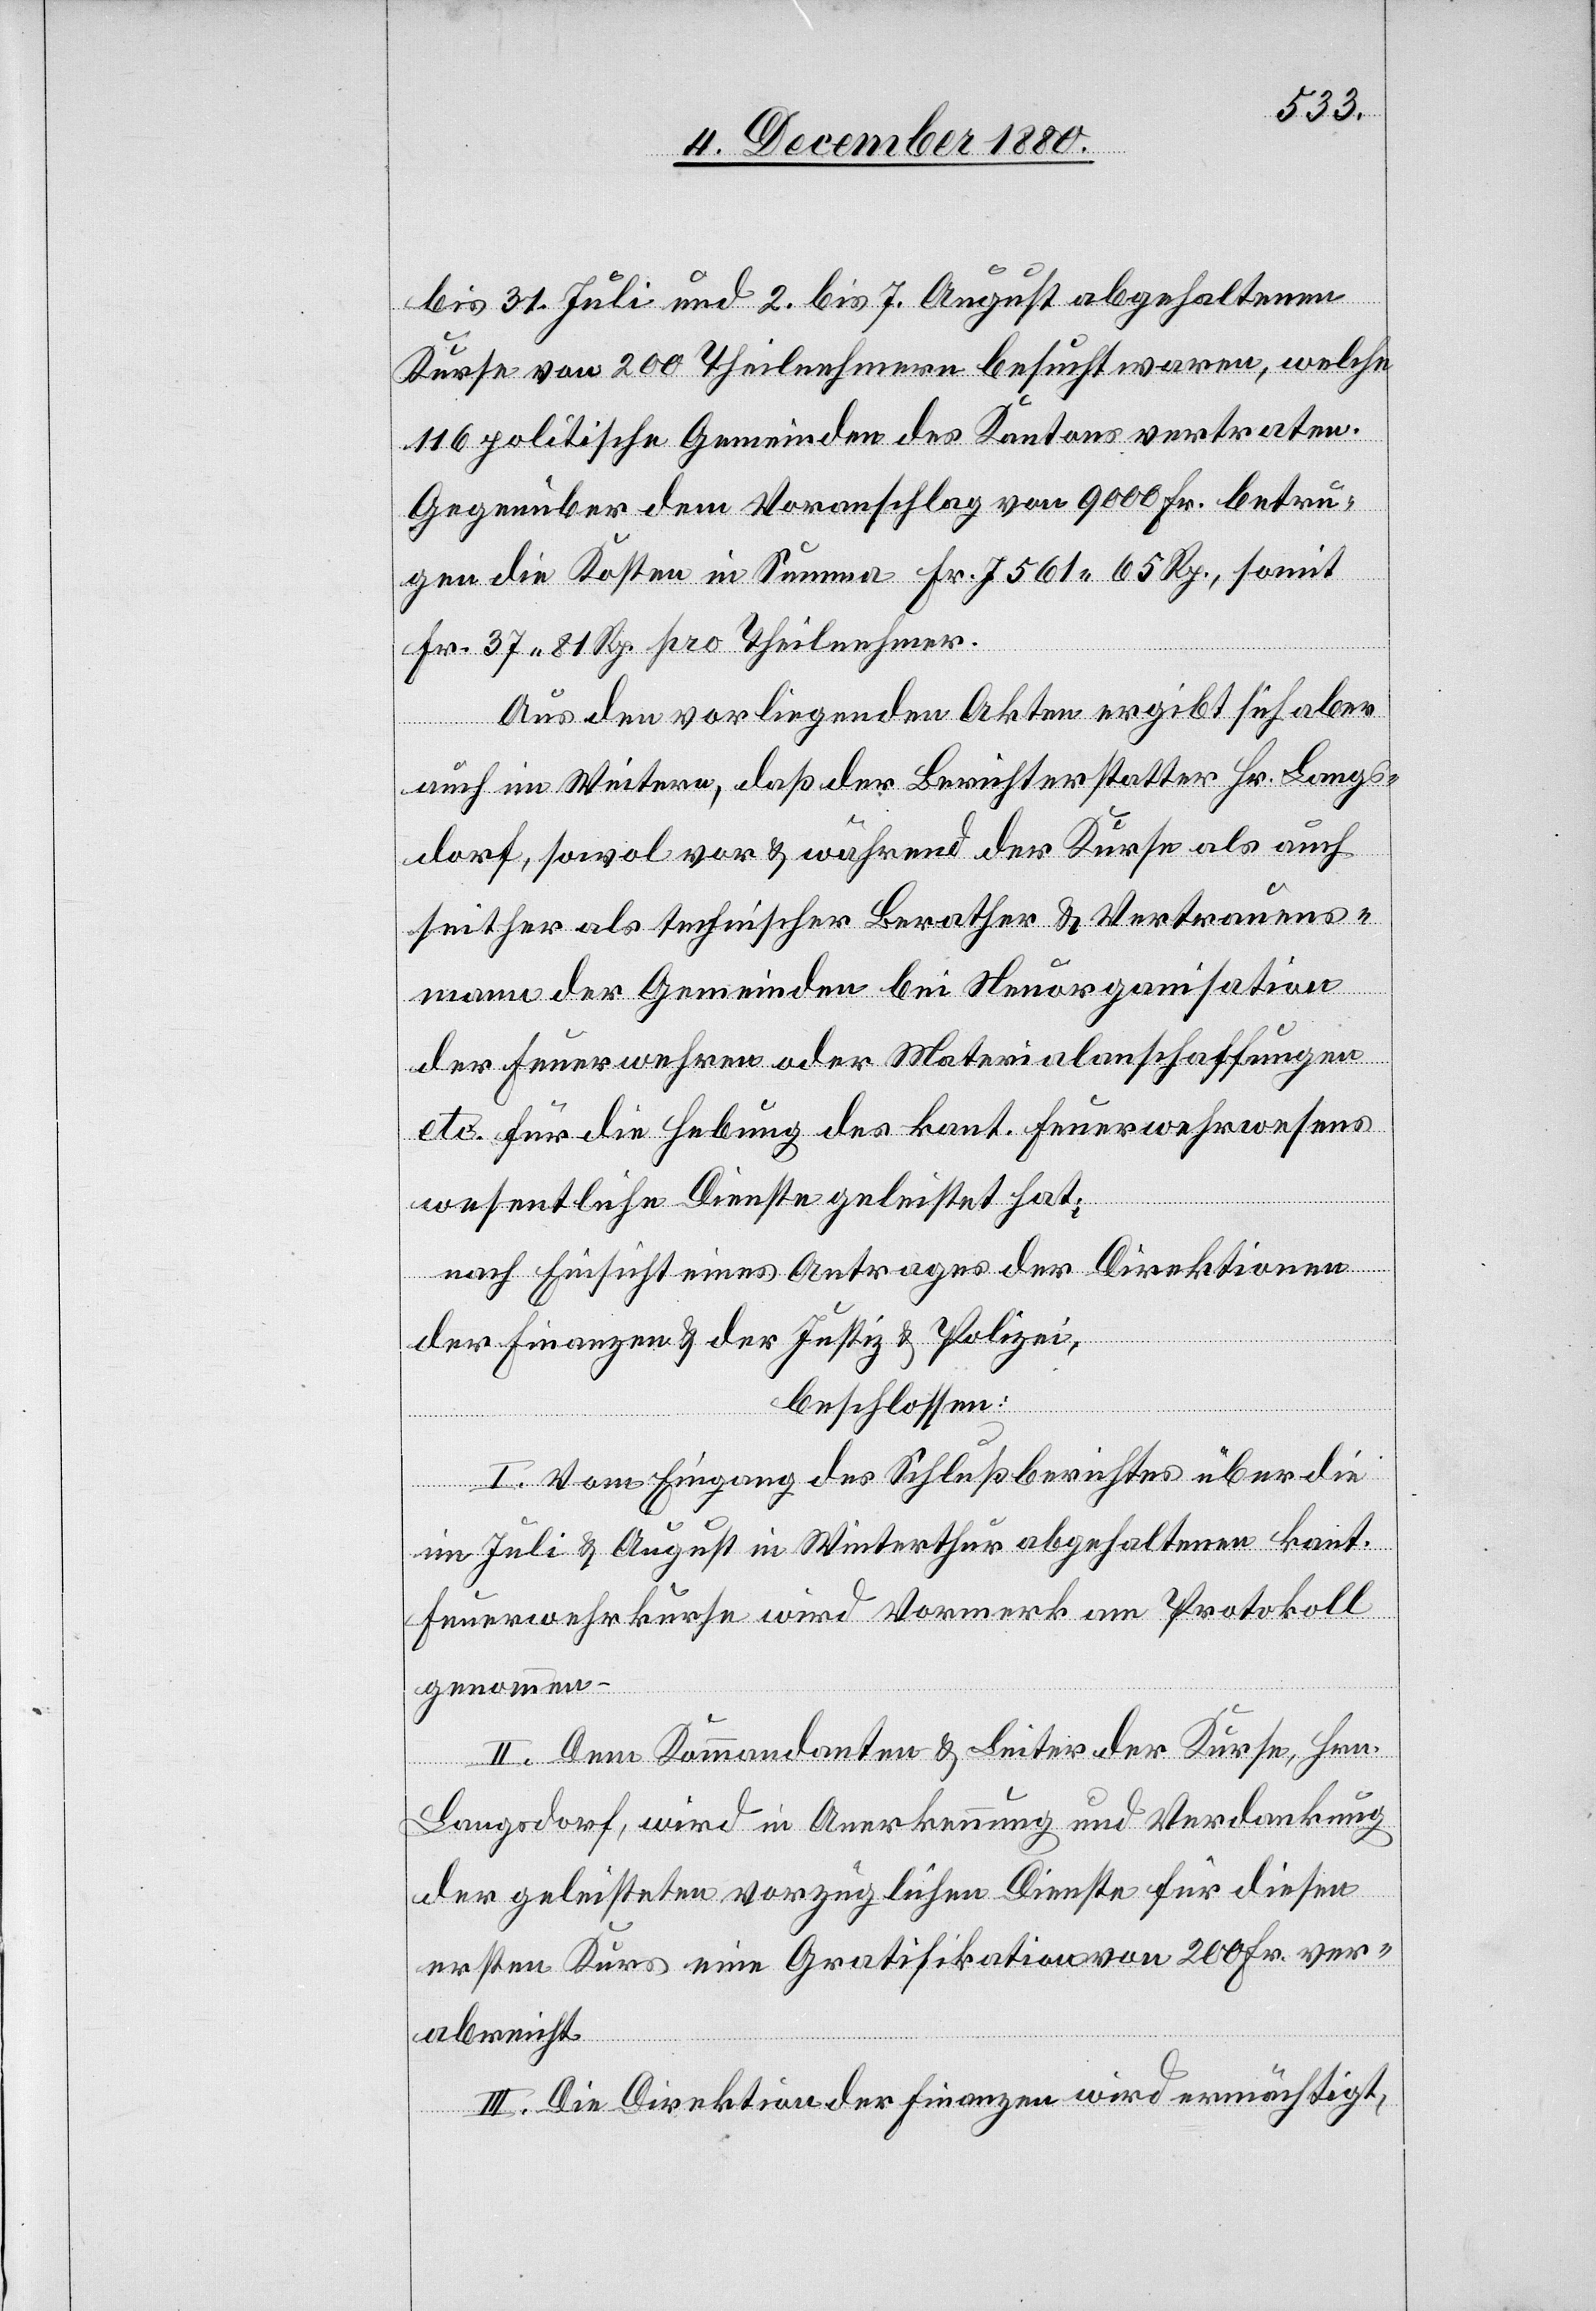
bis 31. Juli und 2. bis 7. August abgehaltenen
Kurse von 200 Theilnehmern besucht waren, welche
116 politische Gemeinden des Kantons vertraten.
Gegenüber dem Voranschlag von 9000 Fr. betru¬
gen die Kosten in Summa Fr. 7561 65 Rp., somit
Fr. 37 81 pro Theilnehmer.
Aus den vorliegenden Akten ergibt sich aber
auch im Weitern, daß der Berichterstatter Hr. Langs¬
dorf, sowol vor & während der Kurse als auch
seither als technischer Berather & Vertrauens¬
mann der Gemeinden bei Neuorganisation
der Feuerwehren oder Materialanschaffungen
etc. für die Hebung des kant. Feuerwehrwesens
wesentliche Dienste geleistet hat;
nach Einsicht eines Antrages der Direktionen
der Finanzen & der Justiz & Polizei,
beschlossen:
I. Vom Eingang des Schlußberichtes über die
im Juli & August in Winterthur abgehaltenen kant.
Feuerwehrkurse wird Vormerk am Protokoll
genommen.
II. Dem Kommandanten & Leiter der Kurse, Hrn.
Langsdorf, wird in Anerkennung und Verdankung
der geleisteten vorzüglichen Dienste für diesen
ersten Kurs eine Gratifikation von 200 Fr. ver¬
abreicht.
III. Die Direktion der Finanzen wird ermächtigt,